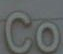
Co